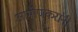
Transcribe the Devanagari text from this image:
आमोणकरांनी